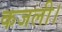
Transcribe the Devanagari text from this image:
कजली।